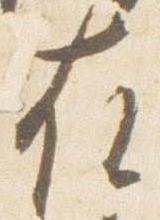
在